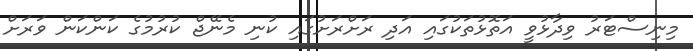
މިނިސްޓަރު ވިދާޅުވީ އަތޮޅުތަކުގައި އަދި ރަށްރަށުގައި ކުނި މެނޭޖް ކުރުމުގެ ކަންކަން ވަރަށް